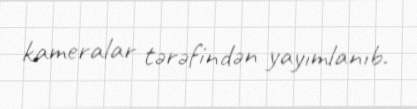
kameralar tərəfindən yayımlanıb.